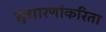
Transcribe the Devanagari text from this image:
सुधारणांकरिता